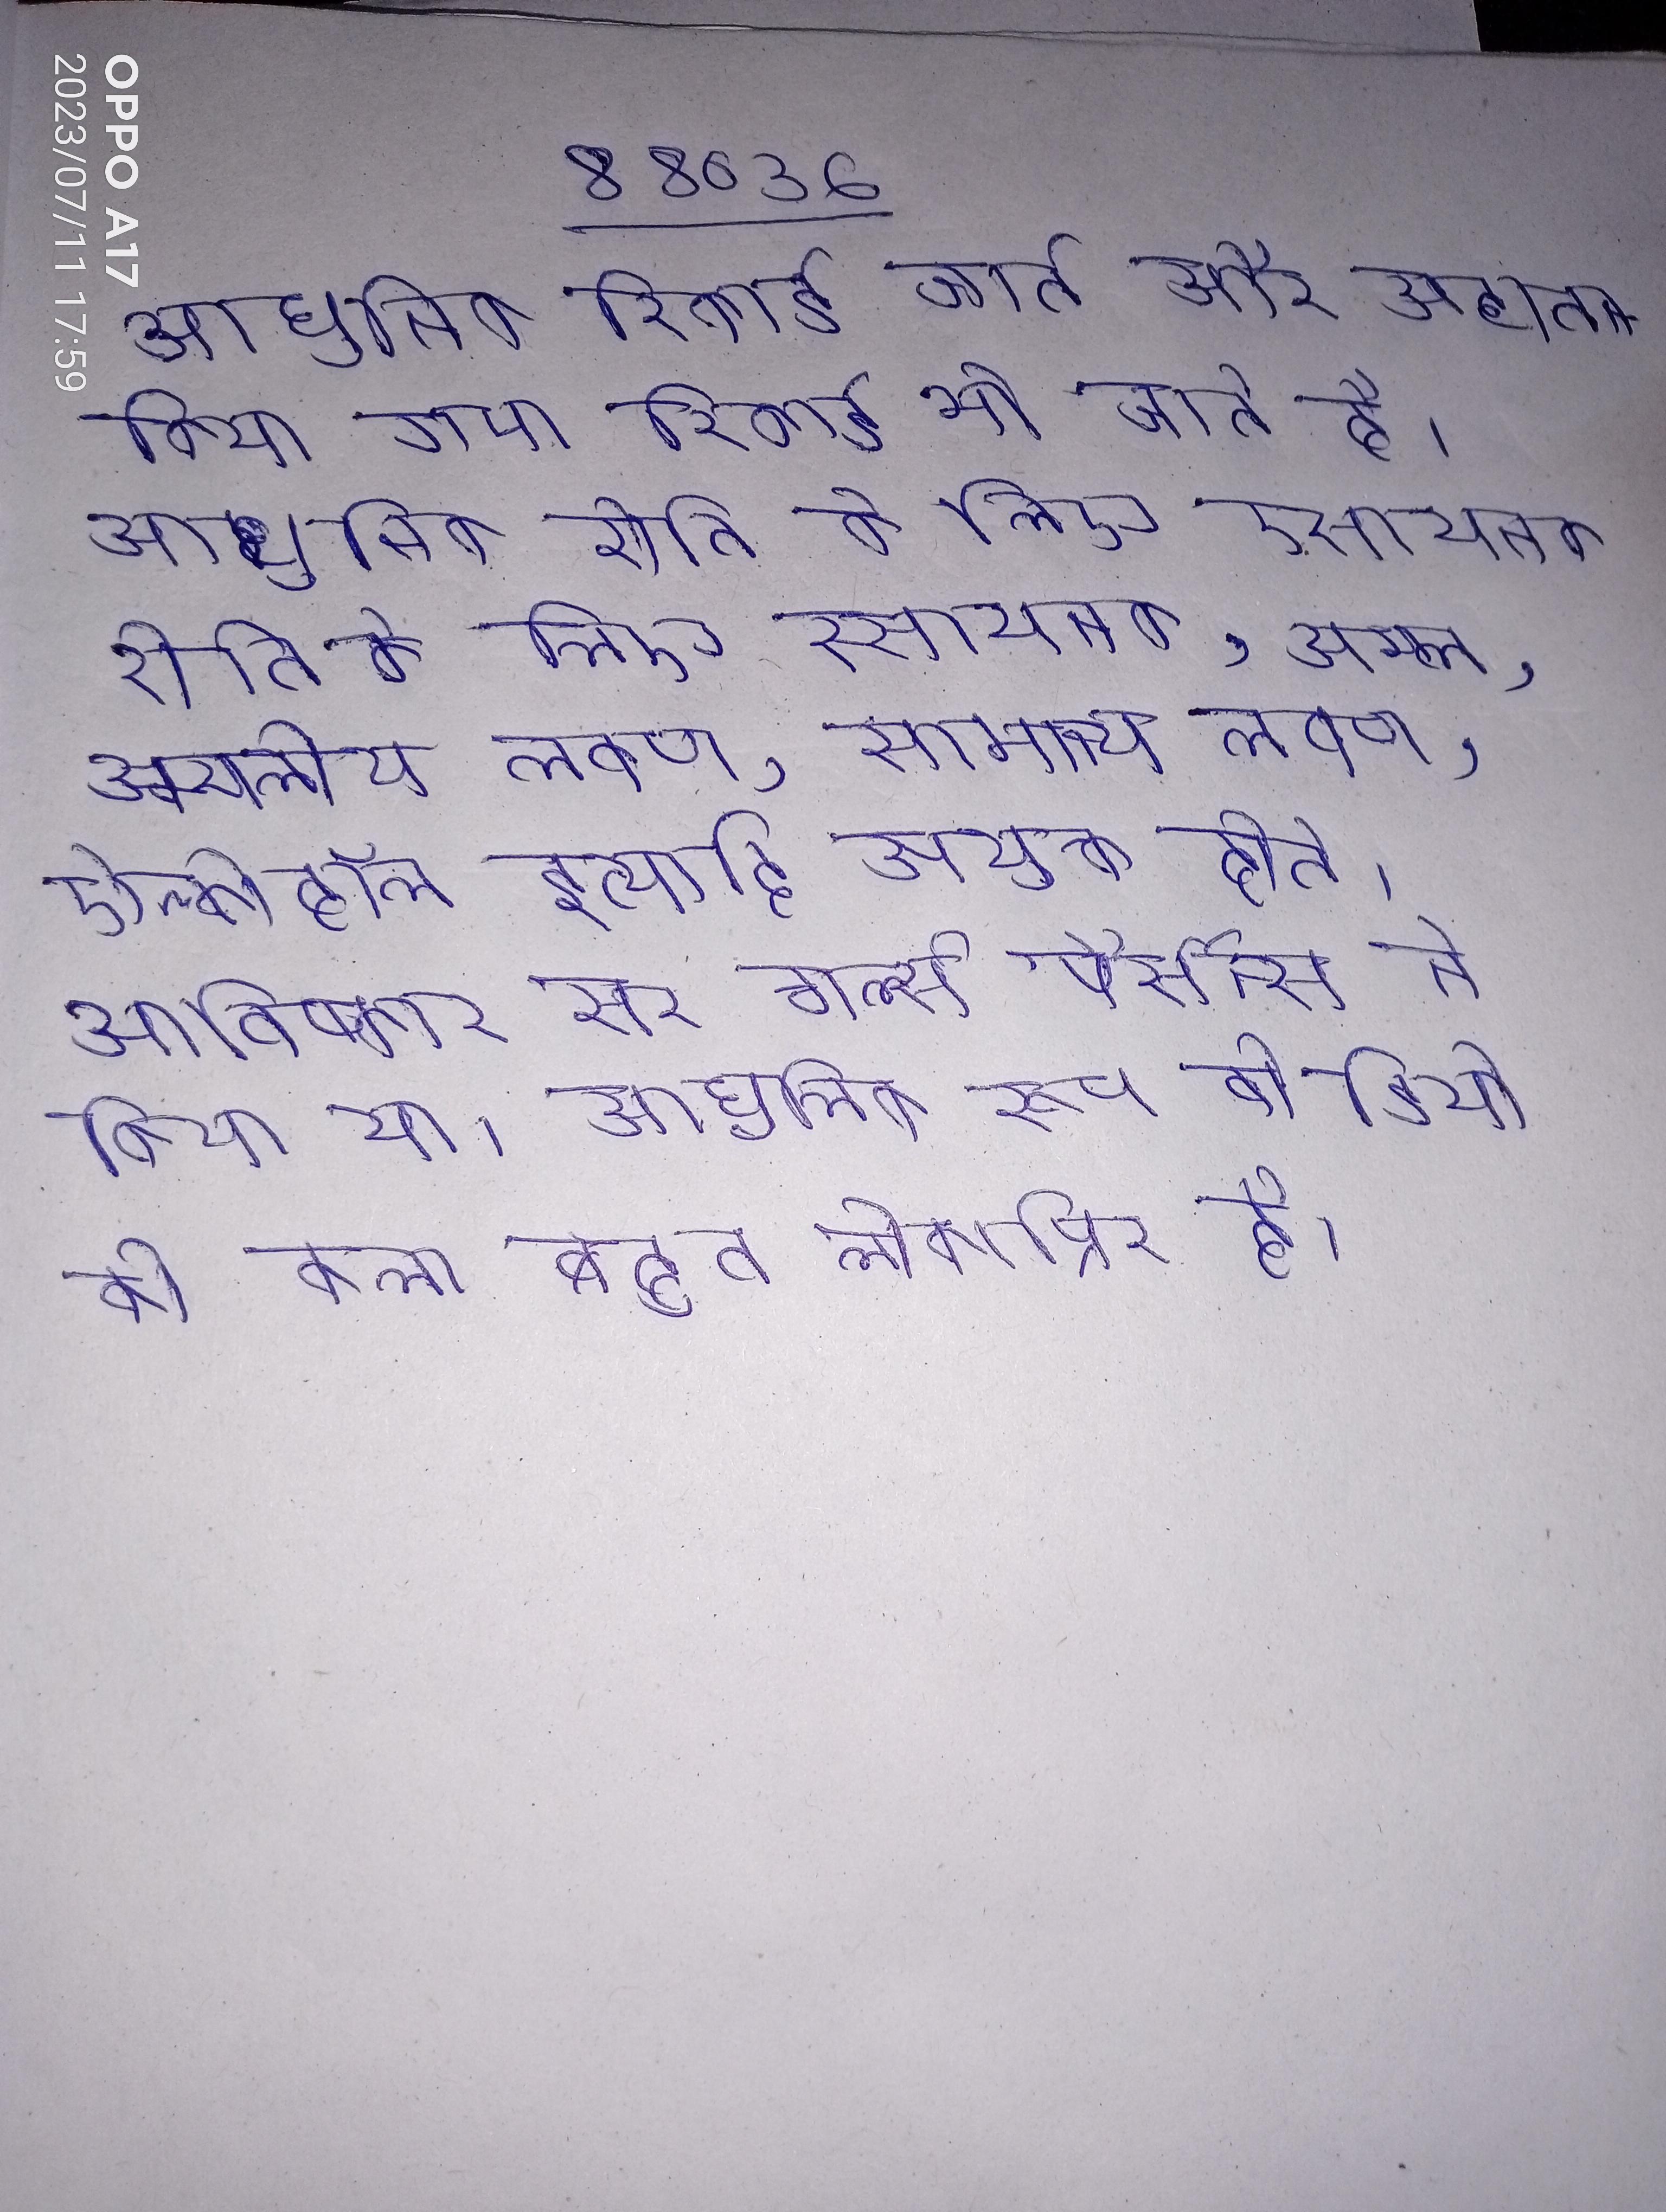
आधुनिक रिकार्ड जाते और अद्यतन किया गया रिकार्ड भी जाते है । आधुनिक रीति के लिए रसायनक, अम्ल, अम्लीय लवण, सामान्य लवण, ऐल्कोहॉल इत्यादि उपयुक्त होते । आधुनिक रूप इसका आविष्कार सर चार्ल्स पैर्सन्स ने किया था । आधुनिक रूस वीडियो की कला बहुत लोकप्रिय है ।